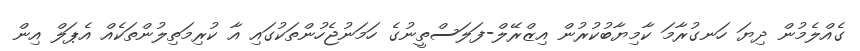
ގެއްލެމުން ދިޔަ ހަނގުރާމަ ކާމިޔާބުކުރުން އިޒްރޭލް-ފަލަސްތީނުގެ ހަމަނުޖެހުންތަކުގައި އާ ކުރިމަތިލުންތަކެއް އެޕަލް އިން